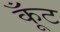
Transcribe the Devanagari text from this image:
कूँट